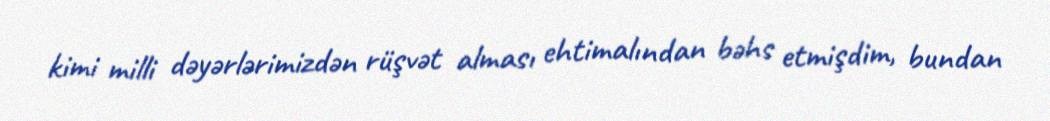
kimi milli dəyərlərimizdən rüşvət alması ehtimalından bəhs etmişdim, bundan